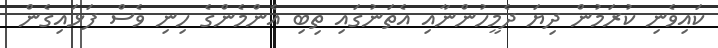
ކައިވެނި ކުރަމުން ދިޔަ ދެމީހުންނާއި އެތަނުގައި ތިބި އެންމެންގެ ހިނި ވެސް ފަޅައިގެން